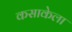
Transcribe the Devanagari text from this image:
कसाकेला